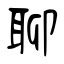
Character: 聊